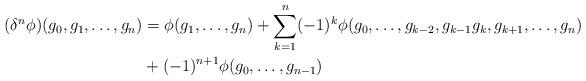
LaTeX: \begin{align*}(\delta^n\phi)(g_0, g_1,\ldots, g_n)&=\phi(g_1,\ldots, g_n)+\sum_{k=1}^n(-1)^k\phi(g_0,\ldots, g_{k-2}, g_{k-1}g_k, g_{k+1},\ldots, g_n)\\& +(-1)^{n+1}\phi(g_0,\ldots, g_{n-1})\end{align*}